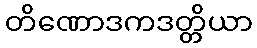
တိဏောဒကဒတ္တိယာ